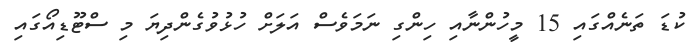
ކުޑަ ތަނެއްގައި 15 މީހުންނާއި ހިންގި ނަމަވެސް އަލަށް ހުޅުވުގެންދިޔަ މި ސްޓޫޑިއޯގައި